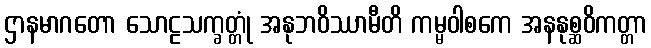
ဌာနမာဂတော သောဠသက္ခတ္တုံ အနုဘဝိဿာမီတိ ကမ္မဝါစကေ အနနုစ္ဆဝိကတ္တာ